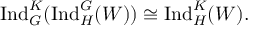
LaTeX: { \mathrm { I n d } } _ { G } ^ { K } ( { \mathrm { I n d } } _ { H } ^ { G } ( W ) ) \cong { \mathrm { I n d } } _ { H } ^ { K } ( W ) .